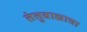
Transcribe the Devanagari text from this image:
तंतुवाद्याचा